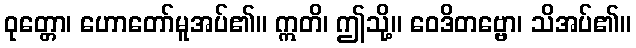
ဝုတ္တော၊ ဟောတော်မူအပ်၏။ ဣတိ၊ ဤသို့။ ဝေဒိတဗ္ဗော၊ သိအပ်၏။